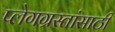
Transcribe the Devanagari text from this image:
प्लेगग्रस्तांसाठी